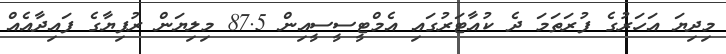
މިދިޔަ އަހަރުގެ ފުރަތަމަ ދެ ކުއާޓަރުގައި އެމްޓީސީސީއިން 87.5 މިލިޔަން ރުފިޔާގެ ފައިދާއެއް